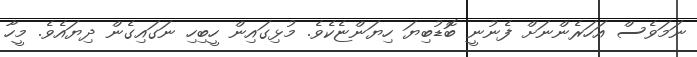
ނަމަވެސް އަހަރެންނަށް ފެނުނީ ބޮޑުބިޔަ ހިޔަންޏެކެވެ. މުޅިގައިން ހީބިހި ނަގައިގެން ދިޔައެވެ. މީހާ